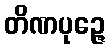
တိဏပုဉ္ဇေ